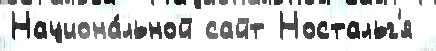
Национа́льной сайт Ностальг'я